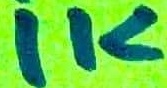
Text: 1K